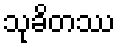
သုခိတဿ